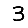
Digit: 3